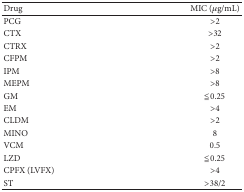
| Drug | MIC (μg/mL) |
 | --- | --- |
 | PCG | >2 |
 | CTX | >32 |
 | CTRX | >2 |
 | CFPM | >2 |
 | IPM | >8 |
 | MEPM | >8 |
 | GM | ≦0.25 |
 | EM | >4 |
 | CLDM | >2 |
 | MINO | 8 |
 | VCM | 0.5 |
 | LZD | ≦0.25 |
 | CPFX (LVFX) | >4 |
 | ST | >38/2 |